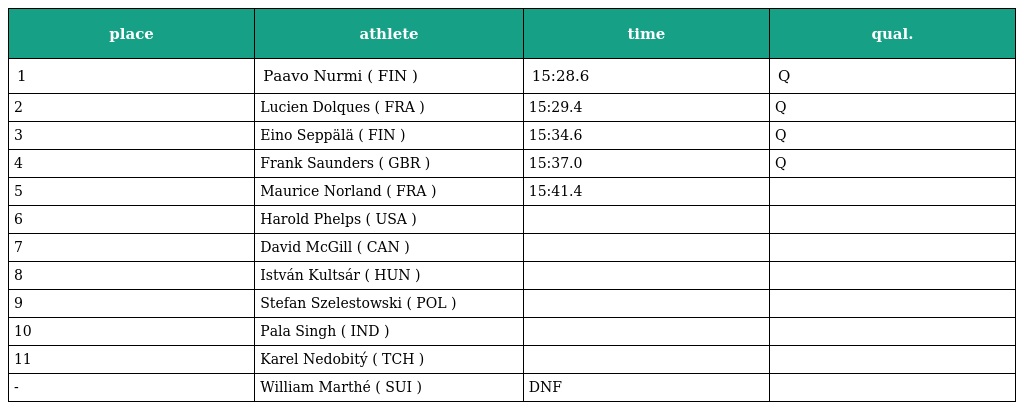
| place | athlete | time | qual. |
 | --- | --- | --- | --- |
 | 1 | Paavo Nurmi ( FIN ) | 15:28.6 | Q |
 | 2 | Lucien Dolques ( FRA ) | 15:29.4 | Q |
 | 3 | Eino Seppälä ( FIN ) | 15:34.6 | Q |
 | 4 | Frank Saunders ( GBR ) | 15:37.0 | Q |
 | 5 | Maurice Norland ( FRA ) | 15:41.4 |  |
 | 6 | Harold Phelps ( USA ) |  |  |
 | 7 | David McGill ( CAN ) |  |  |
 | 8 | István Kultsár ( HUN ) |  |  |
 | 9 | Stefan Szelestowski ( POL ) |  |  |
 | 10 | Pala Singh ( IND ) |  |  |
 | 11 | Karel Nedobitý ( TCH ) |  |  |
 | - | William Marthé ( SUI ) | DNF |  |